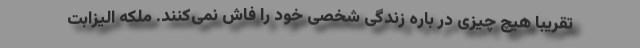
تقریبا هیچ چیزی در باره زندگی شخصی خود را فاش نمی‌کنند. ملکه الیزابت